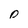
Character: D